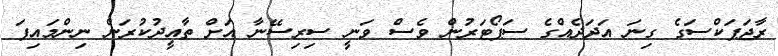
ރާޖަޕަކްސަގެ ގިނަ އަދަދެއްގެ ސަޕޯޓަރުން ވެސް ވަނީ ސިރިސޭނާ އަށް ތާއީދުކުރަން ނިންމައިފަ